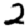
Digit: 2